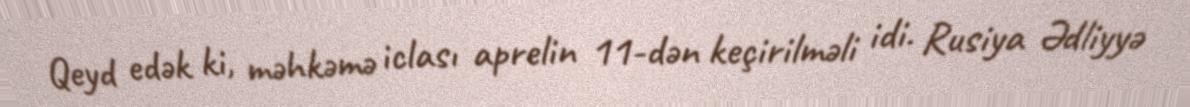
Qeyd edək ki, məhkəmə iclası aprelin 11-dən keçirilməli idi. Rusiya Ədliyyə